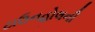
ટાઉનહોલની